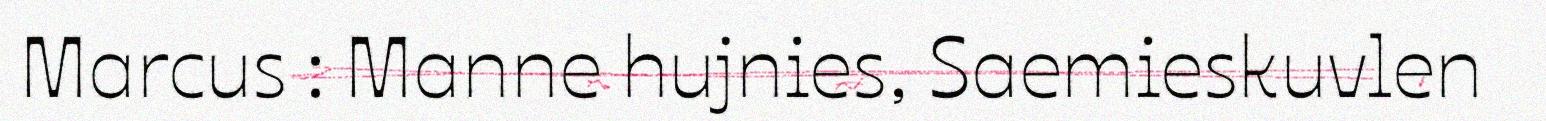
Marcus : Manne hujnies, Saemieskuvlen